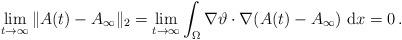
LaTeX: \begin{align*}\lim_{t\to\infty} \|A(t)-A_\infty\|_2 = \lim_{t\to\infty} \int_\Omega \nabla\vartheta\cdot \nabla(A(t)-A_\infty)\ \mathrm{d}x = 0\,. \end{align*}